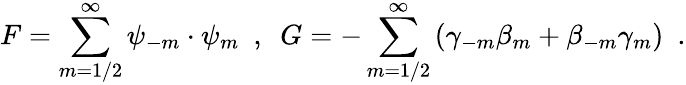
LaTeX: {F}={\sum_{m=1/2}^{\infty}\psi_{-m}\cdot\psi_{m}}~~,~~{G}={-\sum_{m=1/2}^{\infty}\left(\gamma_{-m}\beta_{m}+\beta_{-m}\gamma_{m}\right)}~~.